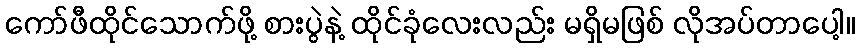
ကော်ဖီထိုင်သောက်ဖို့ စားပွဲနဲ့ ထိုင်ခုံလေးလည်း မရှိမဖြစ် လိုအပ်တာပေါ့။